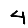
Digit: 4